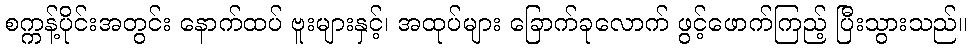
စက္ကန့်ပိုင်းအတွင်း နောက်ထပ် ဗူးများနှင့်၊ အထုပ်များ ခြောက်ခုလောက် ဖွင့်ဖောက်ကြည့် ပြီးသွားသည်။